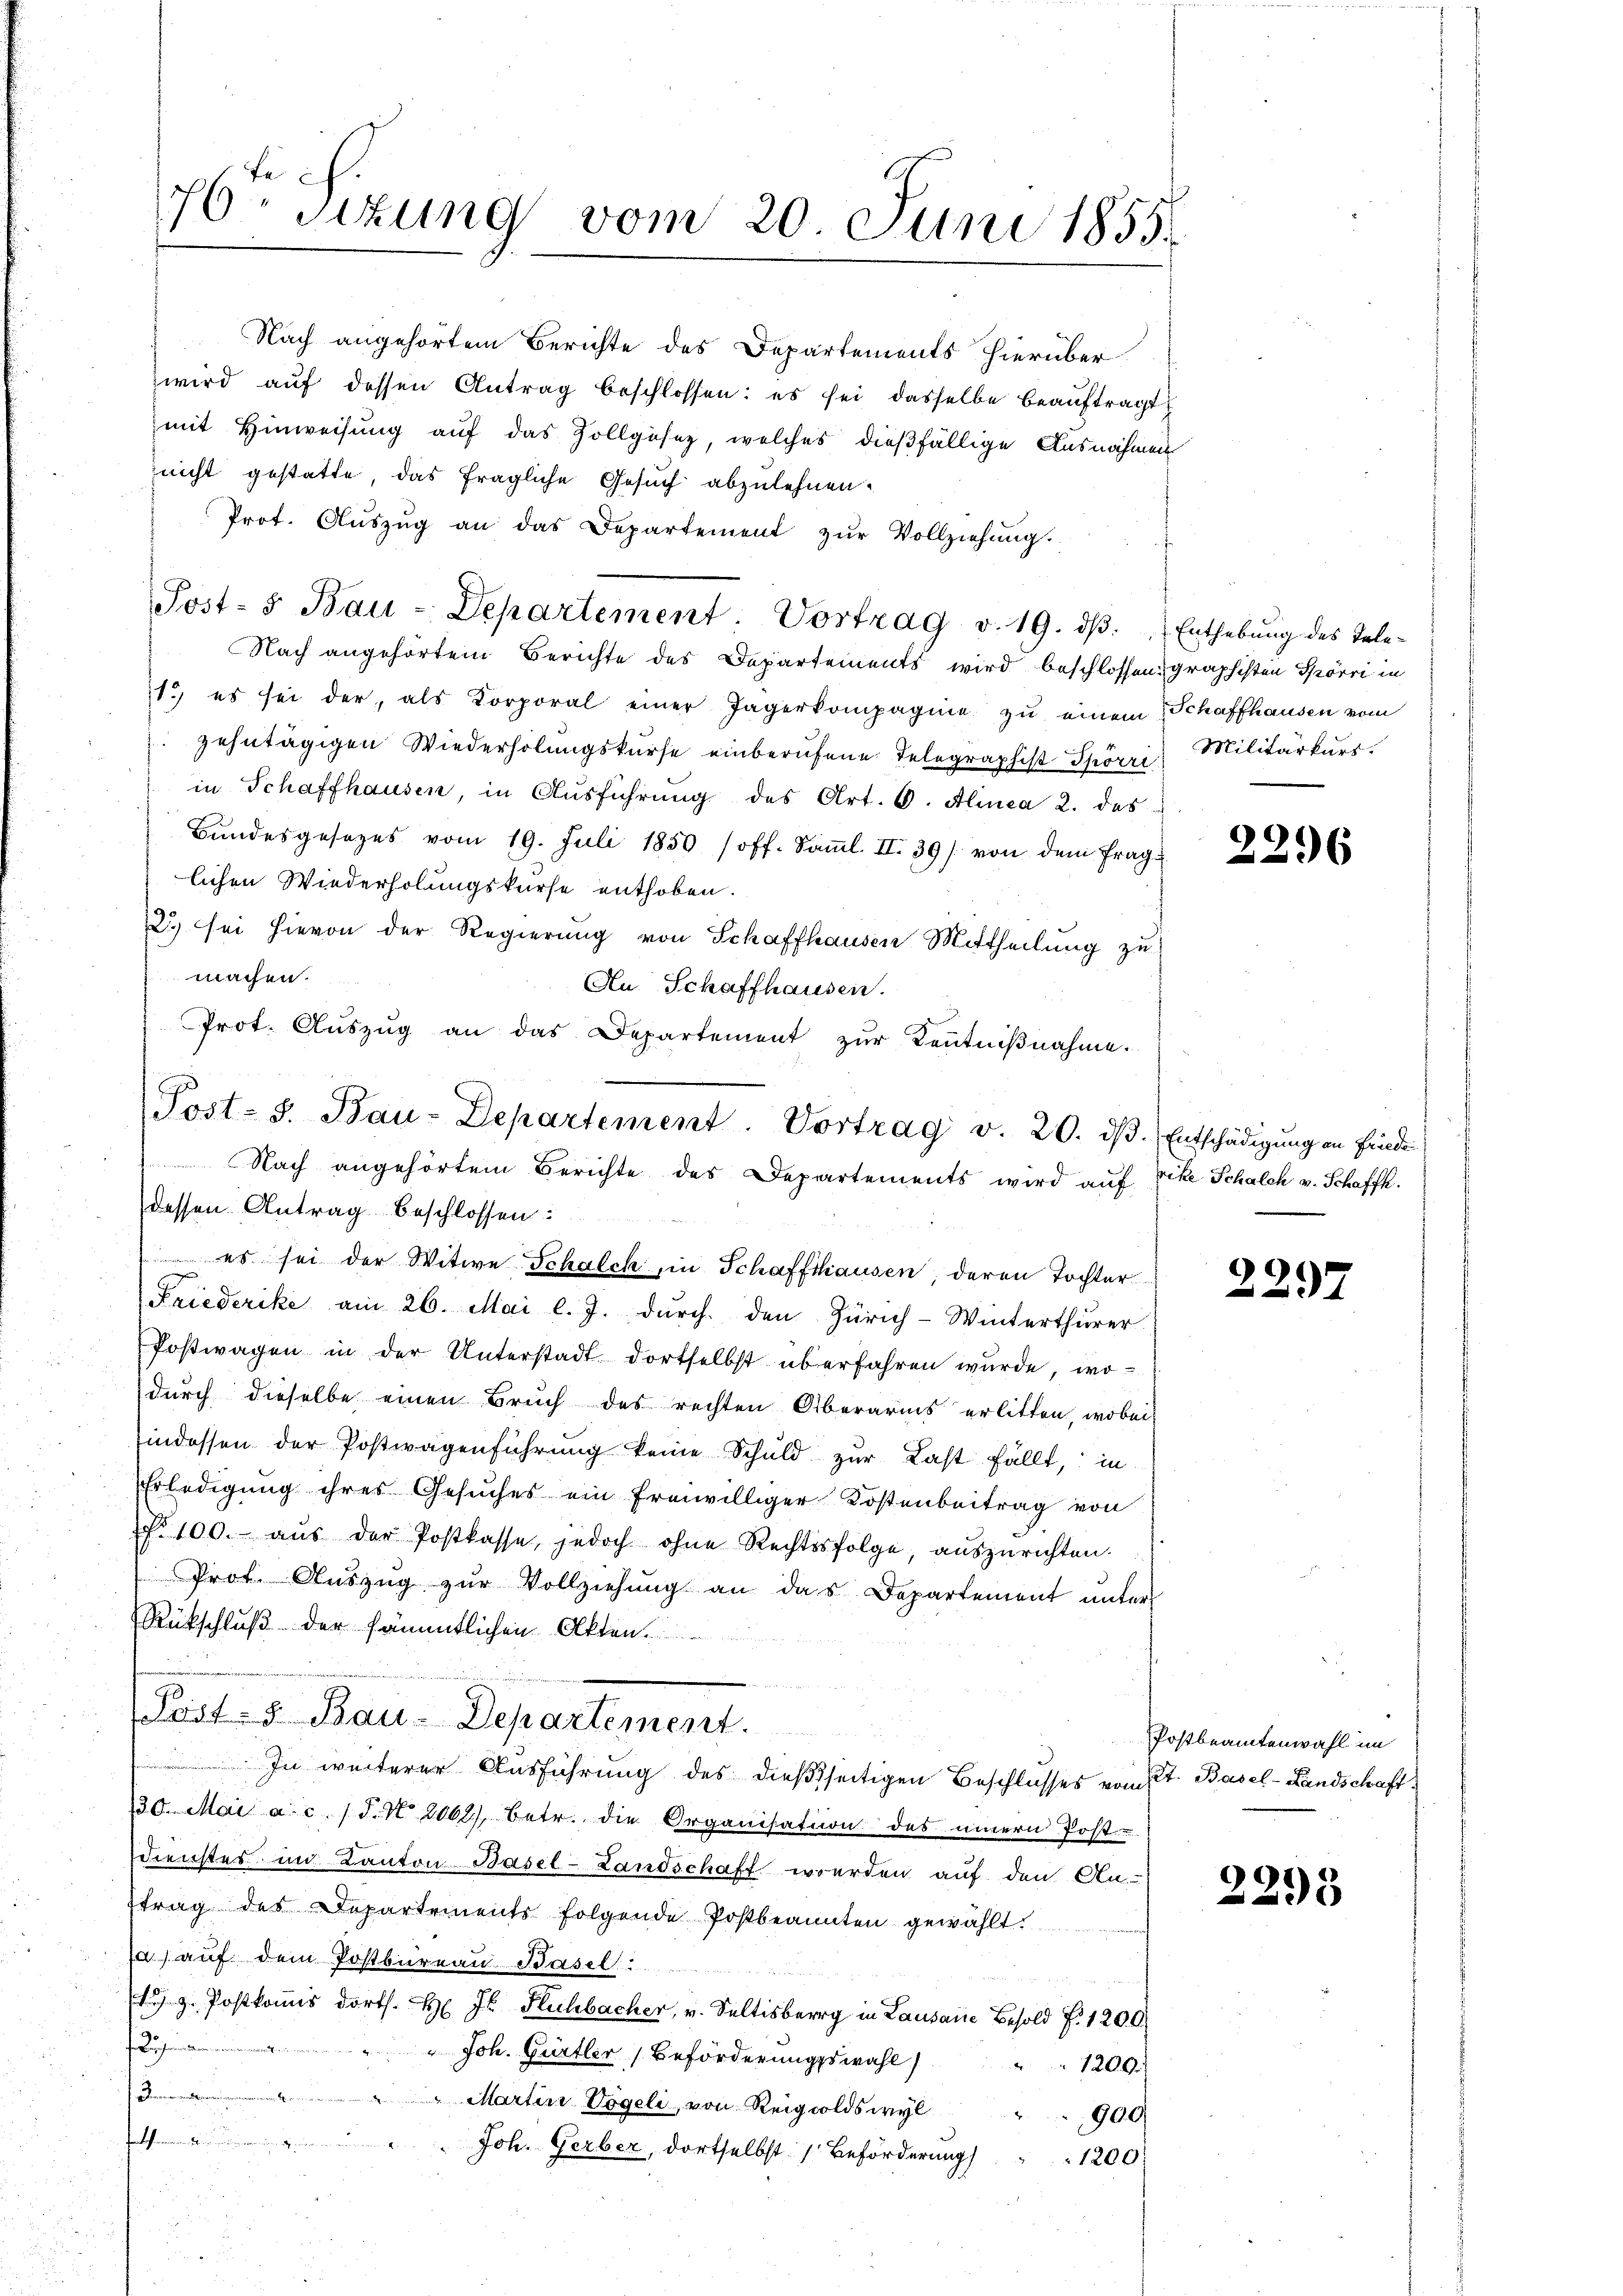
76 sizung vom 20. Juni 1855.

Nach angehörtem Berichte des Departements hierüber
wird aŭf dessen Antrag beschlossen: es sei dasselbe beauftragt
mit Hinweisung auf das Zollgesez, welches dießfällige Ausnahmen
nicht gestatte, das fragliche Gesuch abzulehnen.
Prot. Aŭszŭg an das Departement zŭr Vollziehŭng.
Nach angehörtem Berichte des Departements wird beschlossen graphisten Spörri in
1. es sei der, als Korporal einer Jägerkompagnie zu einem Schaffhausen vom
zehntägigen Wiederholungskurse einberufene Telegraphist Spörri Militärkurs.
in Schaffhausen, in Aŭsführŭng des Art. 6. Alinea 2. das
Bundesgesezes vom 19. Juli 1850 (off. Samml. II. 39 / von dem fraglichen Wiederholungskurse enthoben.
2. sei hievon der Regierung von Schaffhausen Mittheilung zu
machen.
An Schaffhausen.
Prot. Aŭszŭg an das Departement zŭr Kentniβnahme.

Post- 5. Bau-Departement: Vortrag v. 19. dβ. Enthebŭng des Tele-

Post-S. Bau-Departement. Vortrag v. 20. dβ. Entschädigŭng an Friede
Nach angehörtem Berichte des Departements wird auf rike Schalch v. Schafft.
dessen Antrag beschlossen:

es sei der Witwe Schalch, in Schaffhausen, deren Tochter
Friederike am 26. Mai l. J. durch den Zürich-Winterthurer
Postwagen in der Unterstadt dortselbst überfahren wurde, wodurch dieselbe einen Bruch des rechten Oberarms erlitten, wobei
indossen der Postwagenführŭng keine Schuld zŭr Last fällt, in
Erledigung ihres Gesuches ein freiwilliger Kostenbeitrag von
No 100. aŭs der Postkasse, jedoch ohne Rechtsfolge, aŭszŭrichten.
Prot. Aŭszŭg zŭr Vollziehŭng an das Departement unter
Rückschluß der sämmtlichen Akten.
Post- u Bau-Departement.
In weiterer Ausführung des dießseitigen Beschlusses von St. Basel-Landschaft¬
130. Mai a. c. J. N. 2062) betr. die Organisation des innern Post-
Dienstes in Kanton Basel-Landschaft werden auf den An-
ttrag des Departements folgende Postbeanten gewählt.
Ja) auf dem Postbureau Basel:
 z. Postkomis dorts. Hr. Js. Fluchbacher, v. Seltisberg in Lausane Besold P. 1200.
Lehenden inte
" Joh. Gürtler Beförderungswahl
1200.
Damenten
Martin Vogeli, von Reigsoldswyl
900
.
Joh. Gerber, dortselbst Beförderung
1200.
d

2296

2297

Postbeamtenwahl im

2295